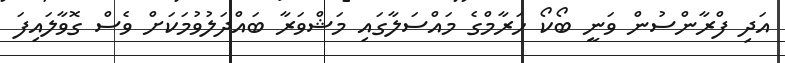
އަދި ފްރާންސުން ވަނީ ބޯކޯ ހަރާމްގެ މައްސަލާގައި މަޝްވަރާ ބައްދަލުވުމަކަށް ވެސް ގޮވާލައިފަ